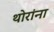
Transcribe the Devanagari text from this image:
थोरांना